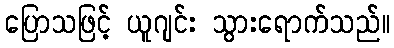
ပြောသဖြင့် ယူဂျင်း သွားရောက်သည်။